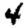
Digit: 4